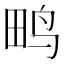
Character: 𮴿